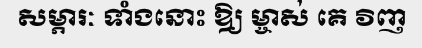
សម្ភារៈ ទាំងនោះ ឱ្យ ម្ចាស់ គេ វិញ